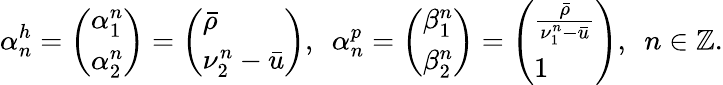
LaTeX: \alpha_{n}^{h}=\left(\begin{array}{l}{\alpha_{1}^{n}}\\ {\alpha_{2}^{n}}\end{array}\right)=\left(\begin{array}{l}{\bar{\rho}}\\ {\nu_{2}^{n}-\bar{u}}\end{array}\right),\ \ \alpha_{n}^{p}=\left(\begin{array}{l}{\beta_{1}^{n}}\\ {\beta_{2}^{n}}\end{array}\right)=\left(\begin{array}{l}{\frac{\bar{\rho}}{\nu_{1}^{n}-\bar{u}}}\\ {1}\end{array}\right),\ \ n\in\mathbb{Z}.